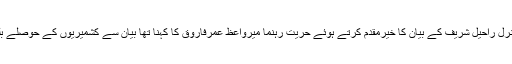
آرمی چیف جنرل راحیل شریف کے بیان کا خیرمقدم کرتے ہوئے حریت رہنما میرواعظ عمرفاروق کا کہنا تھا بیان سے کشمیریوں کے حوصلے بلند ہوئے ہیں ۔